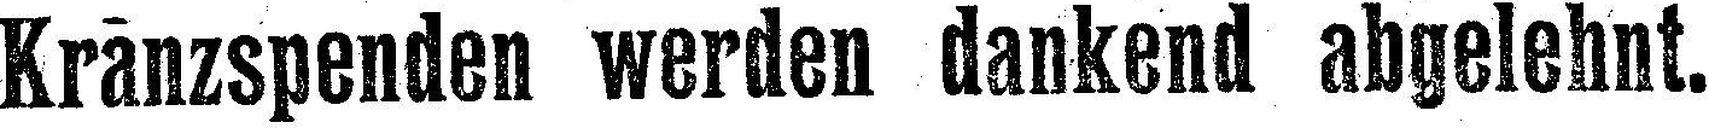
Kranzspenden werden dankend abgelehnt.